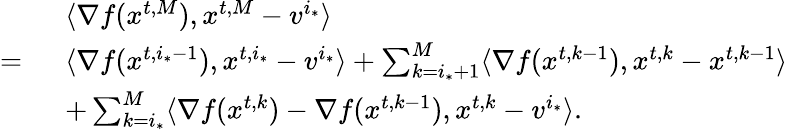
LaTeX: \begin{array}{rl}&{\langle\nabla f({x}^{t,M}),{x}^{t,M}-{v}^{i_{*}}\rangle}\\ {=\ }&{\langle\nabla f({x}^{t,i_{*}-1}),{x}^{t,i_{*}}-{v}^{i_{*}}\rangle+\sum_{k=i_{*}+1}^{M}\langle\nabla f({x}^{t,k-1}),{x}^{t,k}-{x}^{t,k-1}\rangle}\\ &{+\sum_{k=i_{*}}^{M}\langle\nabla f({x}^{t,k})-\nabla f({x}^{t,k-1}),{x}^{t,k}-{v}^{i_{*}}\rangle.}\end{array}